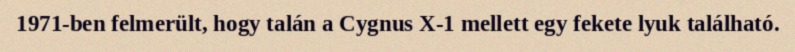
1971-ben felmerült, hogy talán a Cygnus X-1 mellett egy fekete lyuk található.